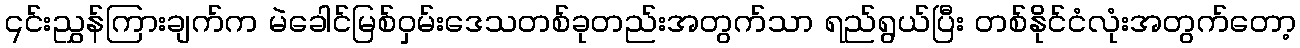
၎င်းညွှန်ကြားချက်က မဲခေါင်မြစ်ဝှမ်းဒေသတစ်ခုတည်းအတွက်သာ ရည်ရွယ်ပြီး တစ်နိုင်ငံလုံးအတွက်တော့